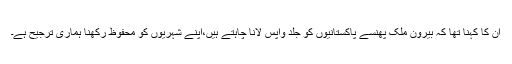
ان کا کہنا تھا کہ بیرون ملک پھنسے پاکستانیوں کو جلد واپس لانا چاہتے ہیں،اپنے شہریوں کو محفوظ رکھنا ہماری ترجیح ہے۔